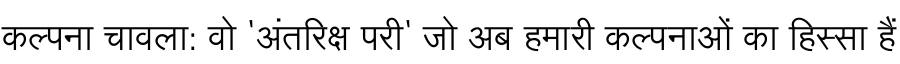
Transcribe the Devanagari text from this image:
कल्पना चावला: वो 'अंतरिक्ष परी' जो अब हमारी कल्पनाओं का हिस्सा हैं